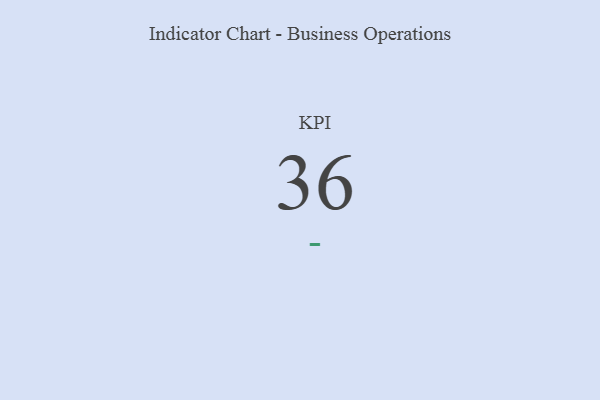
{"axis": {"x": "KPI", "y": "Value"}, "legend": [""], "data": [{"x": "KPI", "y": 36, "type": ""}]}